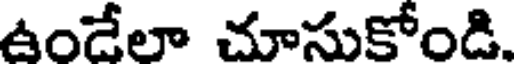
ఉండేలా చూసుకోండి.